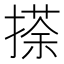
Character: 𢴉